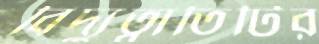
বিদ্যুত্বাতিটির